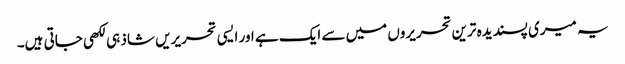
یہ میری پسندیدہ ترین تحریروں میں سے ایک ہے اور ایسی تحریریں شاذ ہی لکھی جاتی ہیں۔